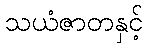
သယံဇာတနှင့်